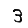
Digit: 3